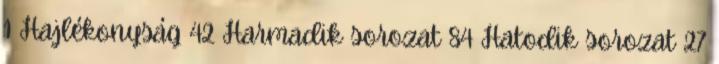
1 Hajlékonyság 42 Harmadik sorozat 84 Hatodik sorozat 27